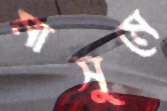
মাসুমে